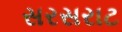
સરસરાટ